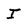
Character: I